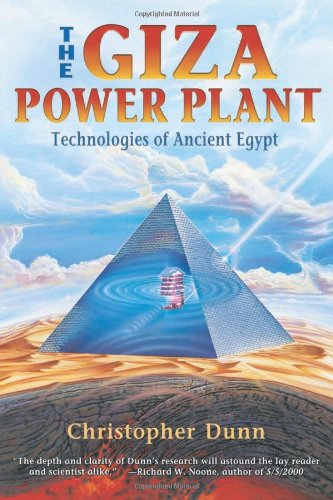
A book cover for The Giza Power Plant : Technologies of Ancient Egypt; Christopher Dunn; History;